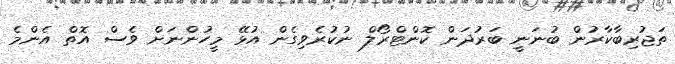
ތަޖުރިބާކާރުން ބުނަނީ ބަރުދަން ކޮންޓްރޯލް ނުކުރެވިގެން އުޅޭ މީހުންނަށް ވެސް އޮތް އެންމެ